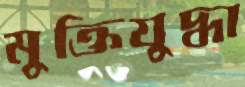
মুক্তিযুদ্ধা